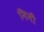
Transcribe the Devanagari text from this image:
निनी